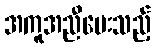
အကူအညီပေးသည့်